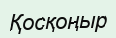
Қосқоңыр